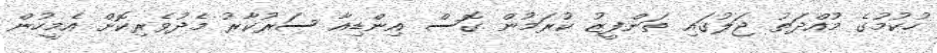
ހުކުމުގެ މުއްދަތު ޖަލުގައި ތަންފީޒު ކުރަމުން ގޮސް އިންޑިއާ ސަރުކާރު މެދުވެރިކޮށް އެމީހުން